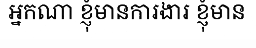
អ្នកណា ខ្ញុំមានការងារ ខ្ញុំមាន